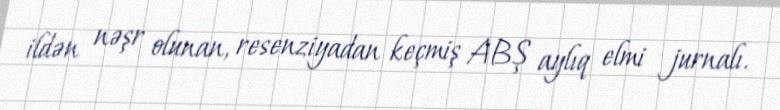
ildən nəşr olunan, resenziyadan keçmiş ABŞ aylıq elmi jurnalı.